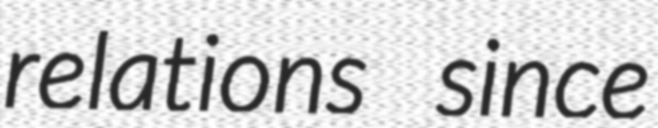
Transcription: relations since